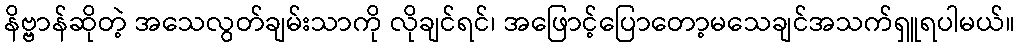
နိဗ္ဗာန်ဆိုတဲ့ အသေလွတ်ချမ်းသာကို လိုချင်ရင်၊ အဖြောင့်ပြောတော့မသေချင်အသက်ရှူရပါမယ်။